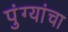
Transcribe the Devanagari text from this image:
पुंग्यांचा